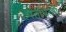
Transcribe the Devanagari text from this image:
पतीपत्‍नी